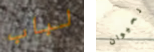
لباب لحيوان